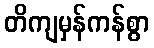
တိကျမှန်ကန်စွာ